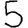
Digit: 5